Scottish Leaving Certificate Examination, 1958
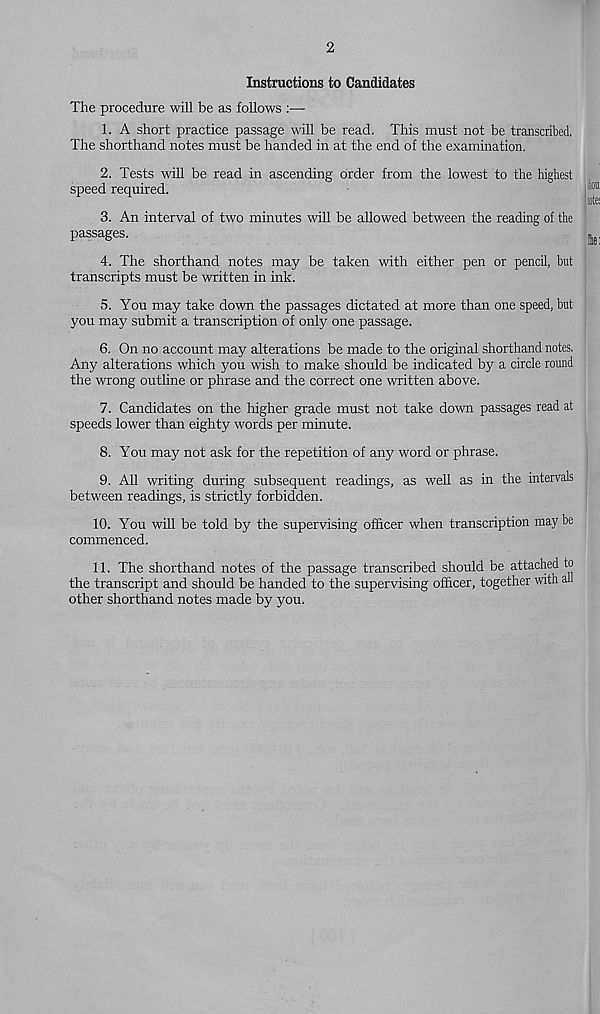
Instructions to Candidates
The procedure will be as follows :—
1. A short practice passage will be read. This must not be transcribed.
The shorthand notes must be handed in at the end of the examination.
2. Tests will be read in ascending order from the lowest to the highest
speed required.
3. An interval of two minutes will be allowed between the reading of the
passages.
4. The shorthand notes may be taken with either pen or pencil, but
transcripts must be written in ink.
5. You may take down the passages dictated at more than one speed, but
you may submit a transcription of only one passage.
6. On no account may alterations be made to the original shorthand notes.
Any alterations which you wish to make should be indicated by a circle round
the wrong outline or phrase and the correct one written above.
7. Candidates on the higher grade must not take down passages read at
speeds lower than eighty words per minute.
8. You may not ask for the repetition of any word or phrase.
9. All writing during subsequent readings, as well as in the intervals
between readings, is strictly forbidden.
10. You will be told by the supervising officer when transcription may be
commenced.
11. The shorthand notes of the passage transcribed should be attached to
the transcript and should be handed to the supervising officer, together with all
other shorthand notes made by you.